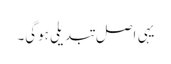
یہی اصل تبدیلی ہوگی۔